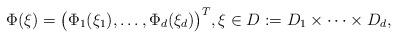
LaTeX: \begin{align*} \Phi(\xi) = \bigl(\Phi_1(\xi_1),\ldots,\Phi_d(\xi_d)\bigr)^T, \xi \in D := D_1 \times \cdots \times D_d,\end{align*}